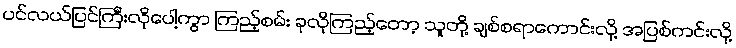
ပင်လယ်ပြင်ကြီးလိုပေါ့ကွာ ကြည့်စမ်း ခုလိုကြည့်တော့ သူတို့ ချစ်စရာကောင်းလို့ အပြစ်ကင်းလို့